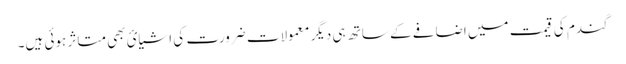
گندم کی قیمت میں اضافے کے ساتھ ہی دیگر معمولات ضرورت کی اشیائ بھی متاثر ہوئی ہیں۔